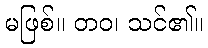
မဖြစ်။ တဝ၊ သင်၏။